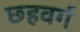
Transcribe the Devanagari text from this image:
छहवर्ग